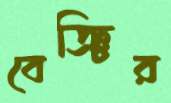
বেঞ্চির